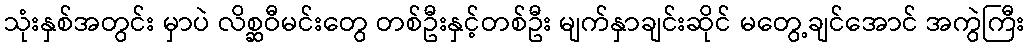
သုံးနှစ်အတွင်း မှာပဲ လိစ္ဆဝီမင်းတွေ တစ်ဦးနှင့်တစ်ဦး မျက်နှာချင်းဆိုင် မတွေ့ချင်အောင် အကွဲကြီး